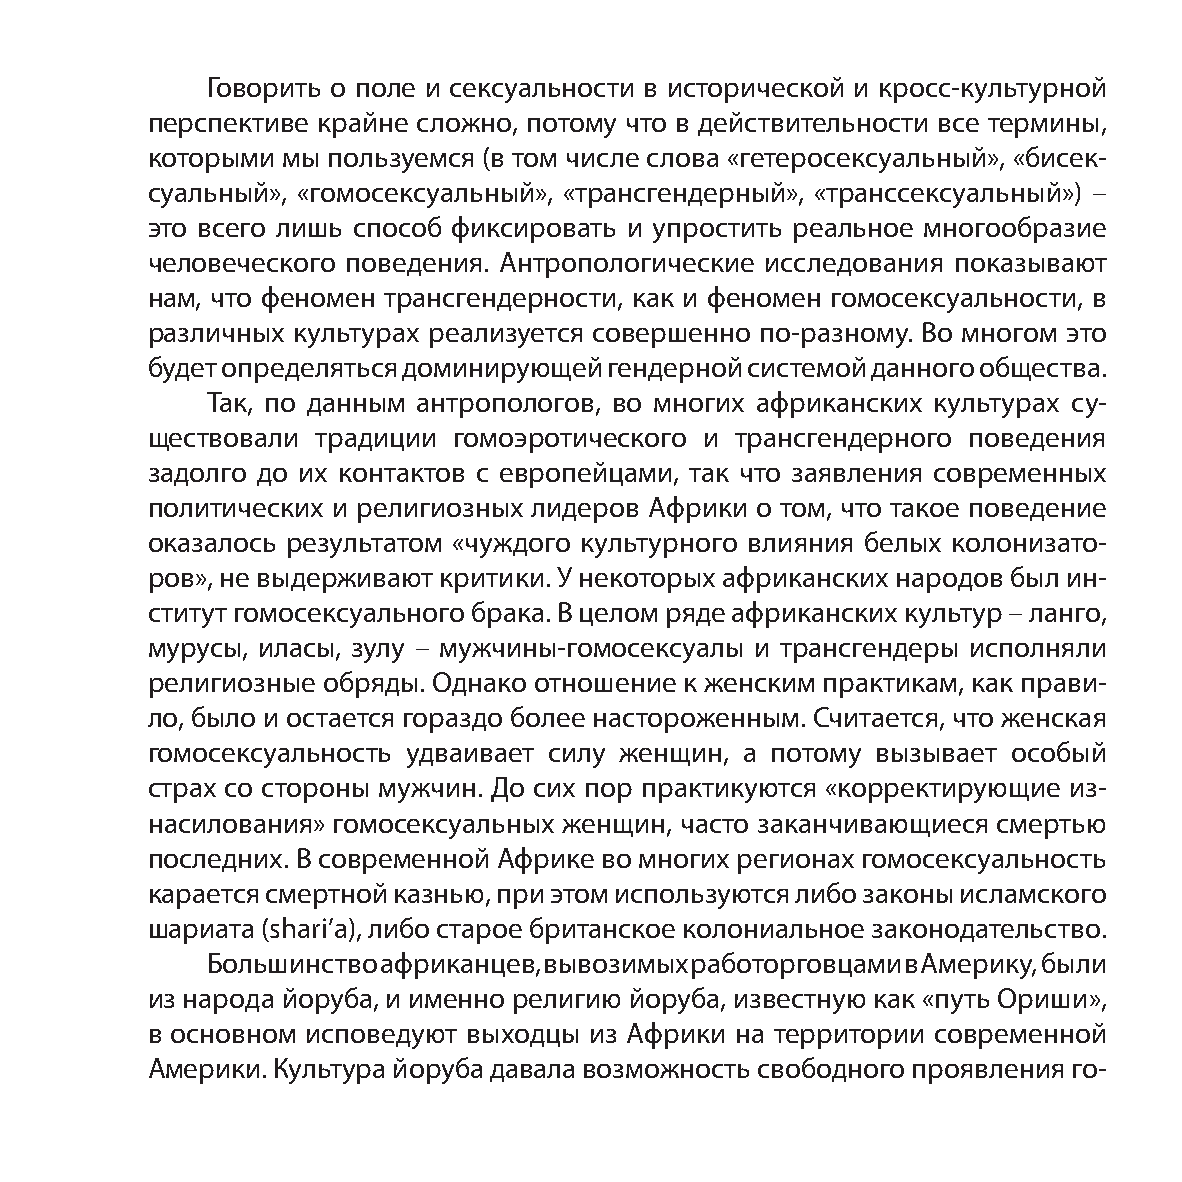
Говорить о поле и сексуальности в исторической и кросс-культурной
 перспективе крайне сложно, потому что в действительности все термины,
 которыми мы пользуемся (в том числе слова «гетеросексуальный», «бисек-
 суальный», «гомосексуальный», «трансгендерный», «транссексуальный») –
 это всего лишь способ фиксировать и упростить реальное многообразие
 человеческого поведения. Антропологические исследования показывают
 нам, что феномен трансгендерности, как и феномен гомосексуальности, в
 различных культурах реализуется совершенно по-разному. Во многом это
 будет определяться доминирующей гендерной системой данного общества.
 Так, по данным антропологов, во многих африканских культурах су-
 ществовали традиции гомоэротического и трансгендерного поведения
 задолго до их контактов с европейцами, так что заявления современных
 политических и религиозных лидеров Африки о том, что такое поведение
 оказалось результатом «чуждого культурного влияния белых колонизато-
 ров», не выдерживают критики. У некоторых африканских народов был ин-
 ститут гомосексуального брака. В целом ряде африканских культур – ланго,
 мурусы, иласы, зулу – мужчины-гомосексуалы и трансгендеры исполняли
 религиозные обряды. Однако отношение к женским практикам, как прави-
 ло, было и остается гораздо более настороженным. Считается, что женская
 гомосексуальность удваивает силу женщин, а потому вызывает особый
 страх со стороны мужчин. До сих пор практикуются «корректирующие из-
 насилования» гомосексуальных женщин, часто заканчивающиеся смертью
 последних. В современной Африке во многих регионах гомосексуальность
 карается смертной казнью, при этом используются либо законы исламского
 шариата (shari’a), либо старое британское колониальное законодательство.
 Большинство африканцев, вывозимых работорговцами в Америку, были
 из народа йоруба, и именно религию йоруба, известную как «путь Ориши»,
 в основном исповедуют выходцы из Африки на территории современной
 Америки. Культура йоруба давала возможность свободного проявления го-